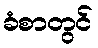
ခံစာတွင်